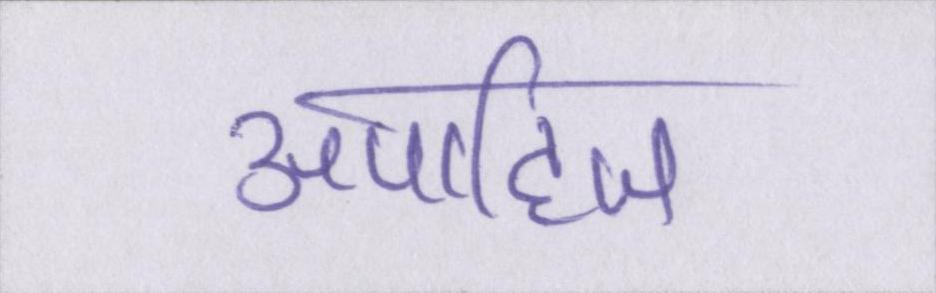
अपाहिज